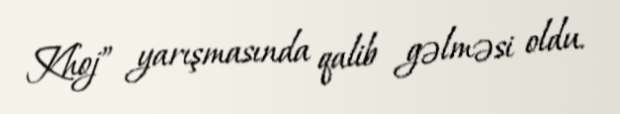
Khoj” yarışmasında qalib gəlməsi oldu.